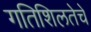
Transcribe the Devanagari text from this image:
गतिशिलतेचे